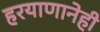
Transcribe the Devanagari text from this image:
हरयाणानेही